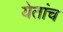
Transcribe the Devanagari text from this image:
येतांच